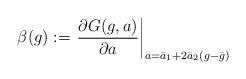
LaTeX: \begin{align*}\beta (g) := \left.\frac{\partial G(g,a)}{\partial a} \right|_{a=\bar{a}_1+2\bar{a}_2(g-\bar{g})}\end{align*}